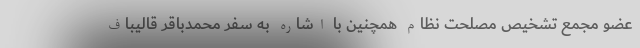
عضو مجمع تشخیص مصلحت نظام همچنین با اشاره به سفر محمدباقر قالیباف